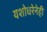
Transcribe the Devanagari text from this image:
यशोधरेनेही